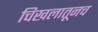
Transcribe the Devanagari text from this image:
चिखलातूनच